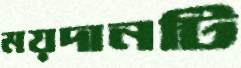
ময়দানটি